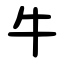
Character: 牛